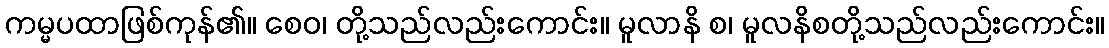
ကမ္မပထာဖြစ်ကုန်၏။ စေဝ၊ တို့သည်လည်းကောင်း။ မူလာနိ စ၊ မူလနိစတို့သည်လည်းကောင်း။